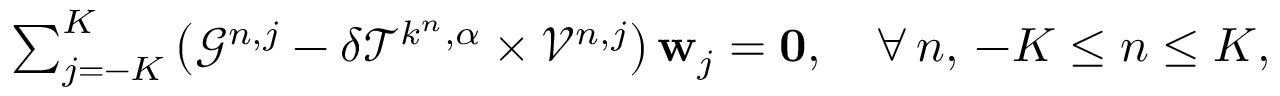
\begin{array} { r } { \sum _ { j = - K } ^ { K } \left( \mathcal { G } ^ { n , j } - \delta \mathcal { T } ^ { k ^ { n } , \alpha } \times \mathcal { V } ^ { n , j } \right) \mathbf { w } _ { j } = \mathbf { 0 } , \quad \forall \, n , \, - K \leq n \leq K , } \end{array}